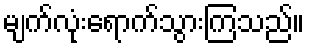
မျက်လုံးရောက်သွားကြသည်။